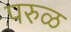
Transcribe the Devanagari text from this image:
परुळ